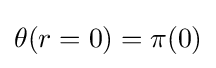
\theta (r=0)=\pi (0)